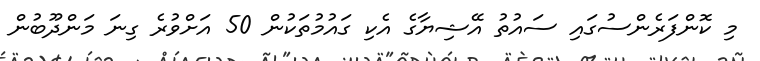
މި ކޮންފަރެންސުގައި ސައުތު އޭޝިޔާގެ އެކި ގައުމުތަކުން 50 އަށްވުރެ ގިނަ މަންދޫބުން